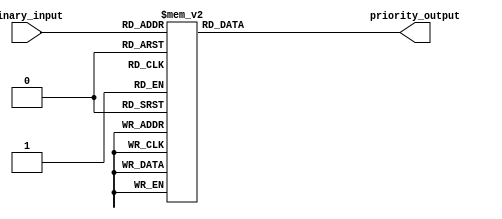
module priority_encoder (
    input [3:0] binary_input,
    output reg [2:0] priority_output
);

always @* begin
    case (binary_input)
        4'b1000: priority_output = 3'b111;
        4'b1001: priority_output = 3'b110;
        4'b1010: priority_output = 3'b110;
        4'b1011: priority_output = 3'b101;
        4'b1100: priority_output = 3'b110;
        4'b1101: priority_output = 3'b101;
        4'b1110: priority_output = 3'b101;
        4'b1111: priority_output = 3'b100;
        default: priority_output = 3'b000;
    endcase
end

endmodule